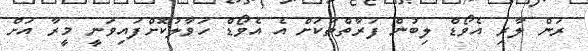
ރަން ލާރި އެވޯޑް ލިބުން ފަރާތްތަކަށް އެ އެވޯޑް ހަވާލުކޮށްފައިވަނީ މީރާ އަށް